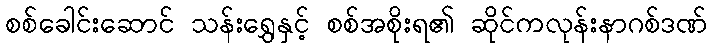
စစ်ခေါင်းဆောင် သန်းရွှေနှင့် စစ်အစိုးရ၏ ဆိုင်ကလုန်းနာဂစ်ဒဏ်